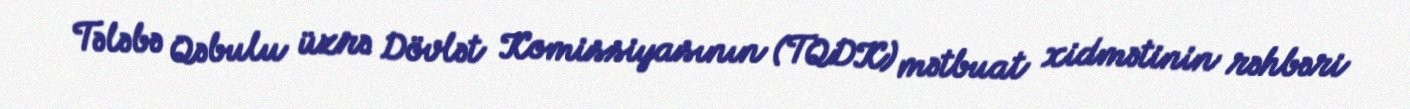
Tələbə Qəbulu üzrə Dövlət Komissiyasının (TQDK) mətbuat xidmətinin rəhbəri